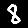
Digit: 8